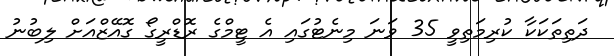
ދަތިތަކަކާ ކުރިމަތިވީ 35 ވަނަ މިނެޓުގައި އެ ޓީމްގެ ރޮޑްރީގޯ ގޮއޭޒްއަށް ލިބުނު